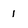
Character: 1